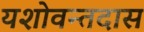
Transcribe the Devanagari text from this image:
यशोवन्तदास